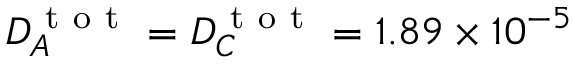
D _ { A } ^ { \mathrm { ~ t ~ o ~ t ~ } } = D _ { C } ^ { \mathrm { ~ t ~ o ~ t ~ } } = 1 . 8 9 \times 1 0 ^ { - 5 }